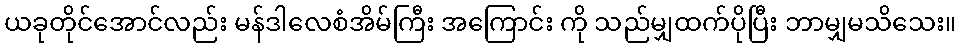
ယခုတိုင်အောင်လည်း မန်ဒါလေစံအိမ်ကြီး အကြောင်း ကို သည်မျှထက်ပိုပြီး ဘာမျှမသိသေး။